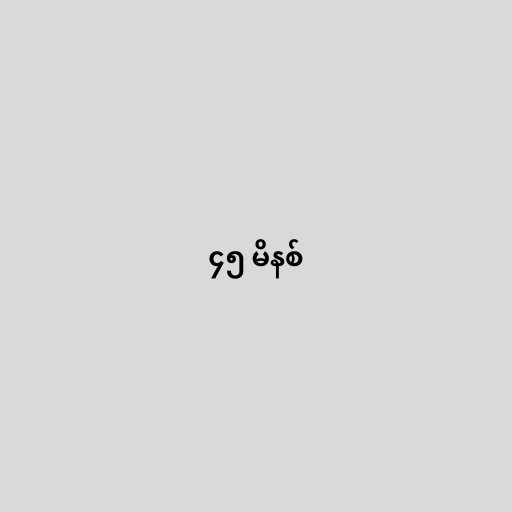
၄၅ မိနစ်